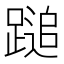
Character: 𨃬